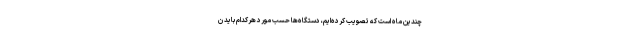
چندین ماه است که تصویب کرده‌ایم، دستگاه‌ها حسب مورد هرکدام باید ن